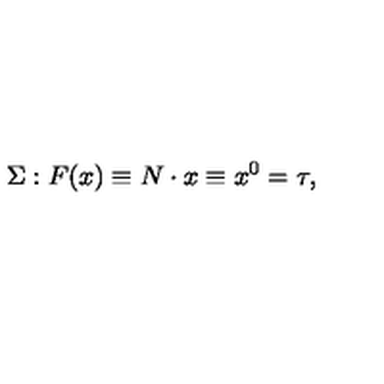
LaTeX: \Sigma : F ( x ) \equiv N \cdot x \equiv x ^ { 0 } = \tau ,